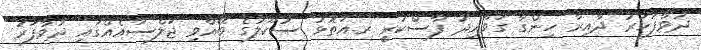
ދުވާފަހަރު ދާއިރާ ހިންގާ ގަވާއިދު ފާސްކުރީ ރ.އަތޮޅު ސުކޫލުގެ ބޭއްވި ޖަލްސާއެއްގައި ދުވާފަރު